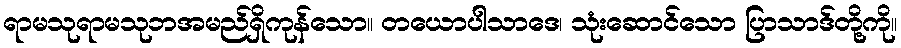
ရာမသုရာမသုဘအမည်ရှိကုန်သော။ တယောပါသာဒေ၊ သုံးဆောင်သော ပြာသာဒ်တို့ကို။